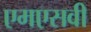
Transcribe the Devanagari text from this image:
एमएसवी